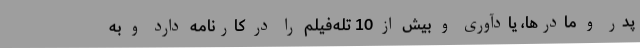
پدر و مادرها، یادآوری و بیش از 10 تله‌فیلم را در کارنامه دارد و به